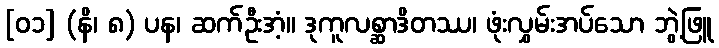
[၀၁] (နိ၊ ၈) ပန၊ ဆက်ဦးအံ့။ ဒုကူလစ္ဆာဒိတဿ၊ ဖုံးလွှမ်းအပ်သော ဘွဲ့ဖြူ